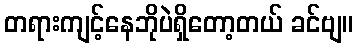
တရားကျင့်နေဘိုပဲရှိတော့တယ် ခင်ဗျ။